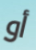
أو